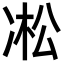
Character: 凇